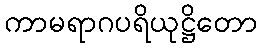
ကာမရာဂပရိယုဋ္ဌိတော